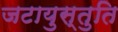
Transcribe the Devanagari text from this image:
जटायुस्तुति